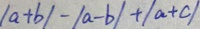
\vert a + b \vert - \vert a - b \vert + \vert a + c \vert